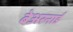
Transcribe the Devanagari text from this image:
बेअरनार्ड